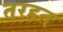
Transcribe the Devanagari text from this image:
तरहत